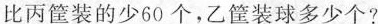
比丙筐装的少60个，乙筐装球多少个?